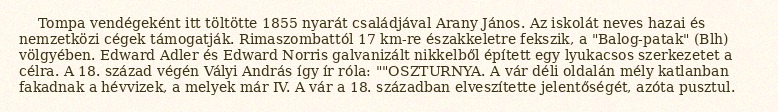
Tompa vendégeként itt töltötte 1855 nyarát családjával Arany János. Az iskolát neves hazai és nemzetközi cégek támogatják. Rimaszombattól 17 km-re északkeletre fekszik, a "Balog-patak" (Blh) völgyében. Edward Adler és Edward Norris galvanizált nikkelből épített egy lyukacsos szerkezetet a célra. A 18. század végén Vályi András így ír róla: ""OSZTURNYA. A vár déli oldalán mély katlanban fakadnak a hévvizek, a melyek már IV. A vár a 18. században elveszítette jelentőségét, azóta pusztul.